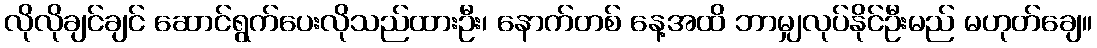
လိုလိုချင်ချင် ဆောင်ရွက်ပေးလိုသည်ထားဦး၊ နောက်တစ် နေ့အထိ ဘာမျှလုပ်နိုင်ဦးမည် မဟုတ်ချေ။